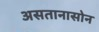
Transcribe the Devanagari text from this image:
असतानासोन